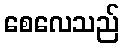
စေလေသည်